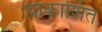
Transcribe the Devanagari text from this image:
प्राकाशित